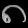
Digit: ၈